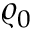
\varrho _ { 0 }